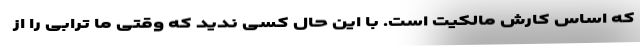
که اساس کارش مالکیت است. با این حال کسی ندید که وقتی ما ترابی را از